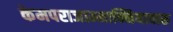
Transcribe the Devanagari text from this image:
केमपराजाम्मान्नियावारु